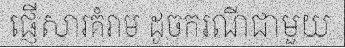
ផ្ញើសារគំរាម ដូចករណីជាមួយ